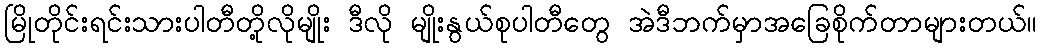
မြိုတိုင်းရင်းသားပါတီတို့လိုမျိုး ဒီလို မျိုးနွယ်စုပါတီတွေ အဲဒီဘက်မှာအခြေစိုက်တာများတယ်။